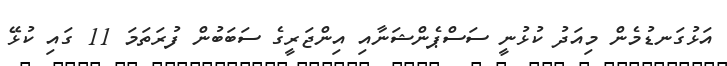
އަޅުގަނޑުމެން މިއަދު ކުޅުނީ ސަސްޕެންޝަނާއި އިންޖަރީގެ ސަބަބުން ފުރަތަމަ 11 ގައި ކުޅޭ